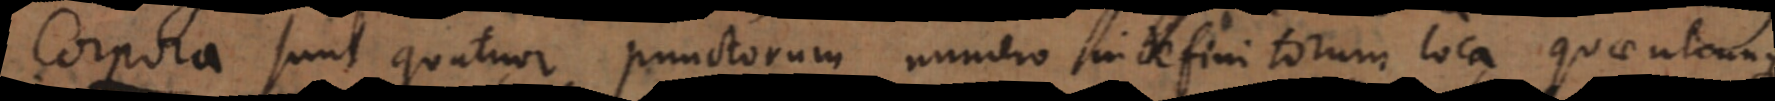
r a sunt quatuor punctorum numero indefinitorum loca quae utcunque